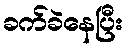
ခက်ခဲနေပြီး